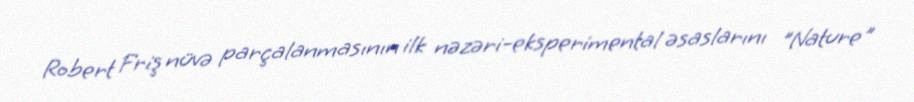
Robert Friş nüvə parçalanmasının ilk nəzəri-eksperimental əsaslarını "Nature"